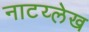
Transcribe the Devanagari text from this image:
नाटय्लेख